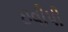
ઇવીપી